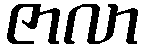
ဇာလာ